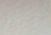
يمكنني